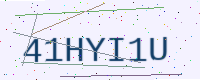
Text: 41HYI1U